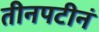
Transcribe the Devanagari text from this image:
तीनपटीनं